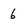
Character: 6